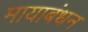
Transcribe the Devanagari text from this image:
मायाबंधन